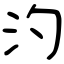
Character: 汋